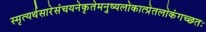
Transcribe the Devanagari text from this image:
स्मृत्यर्थसारेसंचयनेकृतेमनुष्यलोकात्प्रेतलोकंगच्छतः